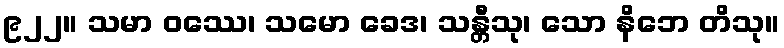
၉၂၂။ သမာ ဝဿေ၊ သမော ခေဒ၊ သန္တီသု၊ သော နိဘေ တိသု။